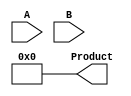
module dadda_multiplier #(parameter A_WIDTH = 4, B_WIDTH = 4)(
    input  [A_WIDTH-1:0] A,
    input  [B_WIDTH-1:0] B,
    output reg [A_WIDTH + B_WIDTH - 1:0] Product
);

// Generate Partial Products
wire [A_WIDTH-1:0] p [B_WIDTH-1:0]; 
genvar i, j;

generate
    for (i = 0; i < B_WIDTH; i = i + 1) begin : pp_gen
        for (j = 0; j < A_WIDTH; j = j + 1) begin : pp_and
            assign p[i][j] = A[j] & B[i];
        end
    end
endgenerate

// Reduction tree
// Stage 1 to reduce partial products using Half Adders and Full Adders
wire [A_WIDTH-1:0] sum1 [B_WIDTH/2-1:0];
wire [A_WIDTH-1:0] carry1 [B_WIDTH/2-1:0];
  
generate
    if (B_WIDTH % 2 == 0) begin
        // Even number of partial products
        for (i = 0; i < B_WIDTH/2; i = i + 1) begin : first_stage
            if (i == 0) begin
                assign sum1[i] = p[2*i] ^ p[2*i + 1]; // Half Adder
                assign carry1[i] = p[2*i] & p[2*i + 1];
            end else begin
                assign sum1[i] = p[2*i] ^ p[2*i + 1] ^ carry1[i-1]; // Full Adder
                assign carry1[i] = (p[2*i] & p[2*i + 1]) | (carry1[i-1] & (p[2*i] ^ p[2*i + 1]));
            end
        end
    end else begin
        // Odd number of partial products
        for (i = 0; i < (B_WIDTH + 1)/2; i = i + 1) begin : first_stage
            if (i * 2 + 1 < B_WIDTH) begin
                if (i == 0) begin
                    assign sum1[i] = p[2*i] ^ p[2*i + 1]; // Half Adder
                    assign carry1[i] = p[2*i] & p[2*i + 1];
                end else begin
                    assign sum1[i] = p[2*i] ^ p[2*i + 1] ^ carry1[i-1]; // Full Adder
                    assign carry1[i] = (p[2*i] & p[2*i + 1]) | (carry1[i-1] & (p[2*i] ^ p[2*i + 1]));
                end
            end else begin
                assign sum1[i] = p[2*i]; // Last odd partial product
                assign carry1[i] = 0;
            end
        end
    end
endgenerate

// Final stage reduction
// Collapse in the same way as first stage or use additional generations
// Assuming the last stage results
always @(*) begin
    Product = 0; // Reset product
    // Here you would sum all remaining rows of `sum1` and `carry1`
    // This code assumes additional logic here to consolidate into final Product
    // The implementation can be optimized based upon the number of stages
end

endmodule